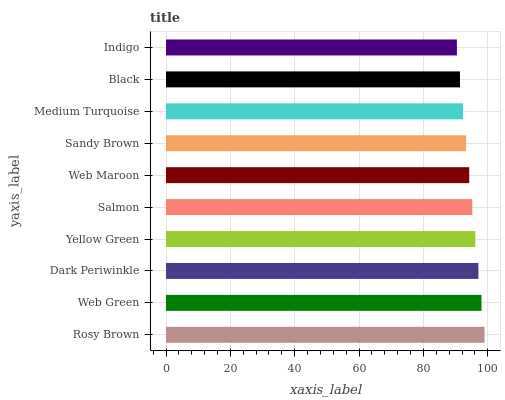
| yaxis_label | bars |
 | --- | --- |
 | Rosy Brown | 99 |
 | Web Green | 98 |
 | Dark Periwinkle | 97.1 |
 | Yellow Green | 96.1 |
 | Salmon | 95.2 |
 | Web Maroon | 94.2 |
 | Sandy Brown | 93.3 |
 | Medium Turquoise | 92.3 |
 | Black | 91.4 |
 | Indigo | 90.4 |